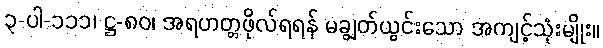
၃-ပါ-၁၁၁၊ ဋ္ဌ-၈၀၊ အရဟတ္တဖိုလ်ရရန် မချွတ်ယွင်းသော အကျင့်သုံးမျိုး။